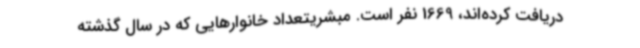
دریافت کرده‌اند، 1669 نفر است. مبشریتعداد خانوارهایی که در سال گذشته